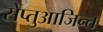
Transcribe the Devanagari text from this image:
सेप्तुआजिन्त